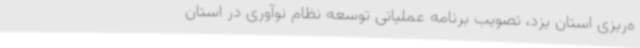
ه‌ریزی استان یزد، تصویب برنامه عملیاتی توسعه نظام نوآوری در استان